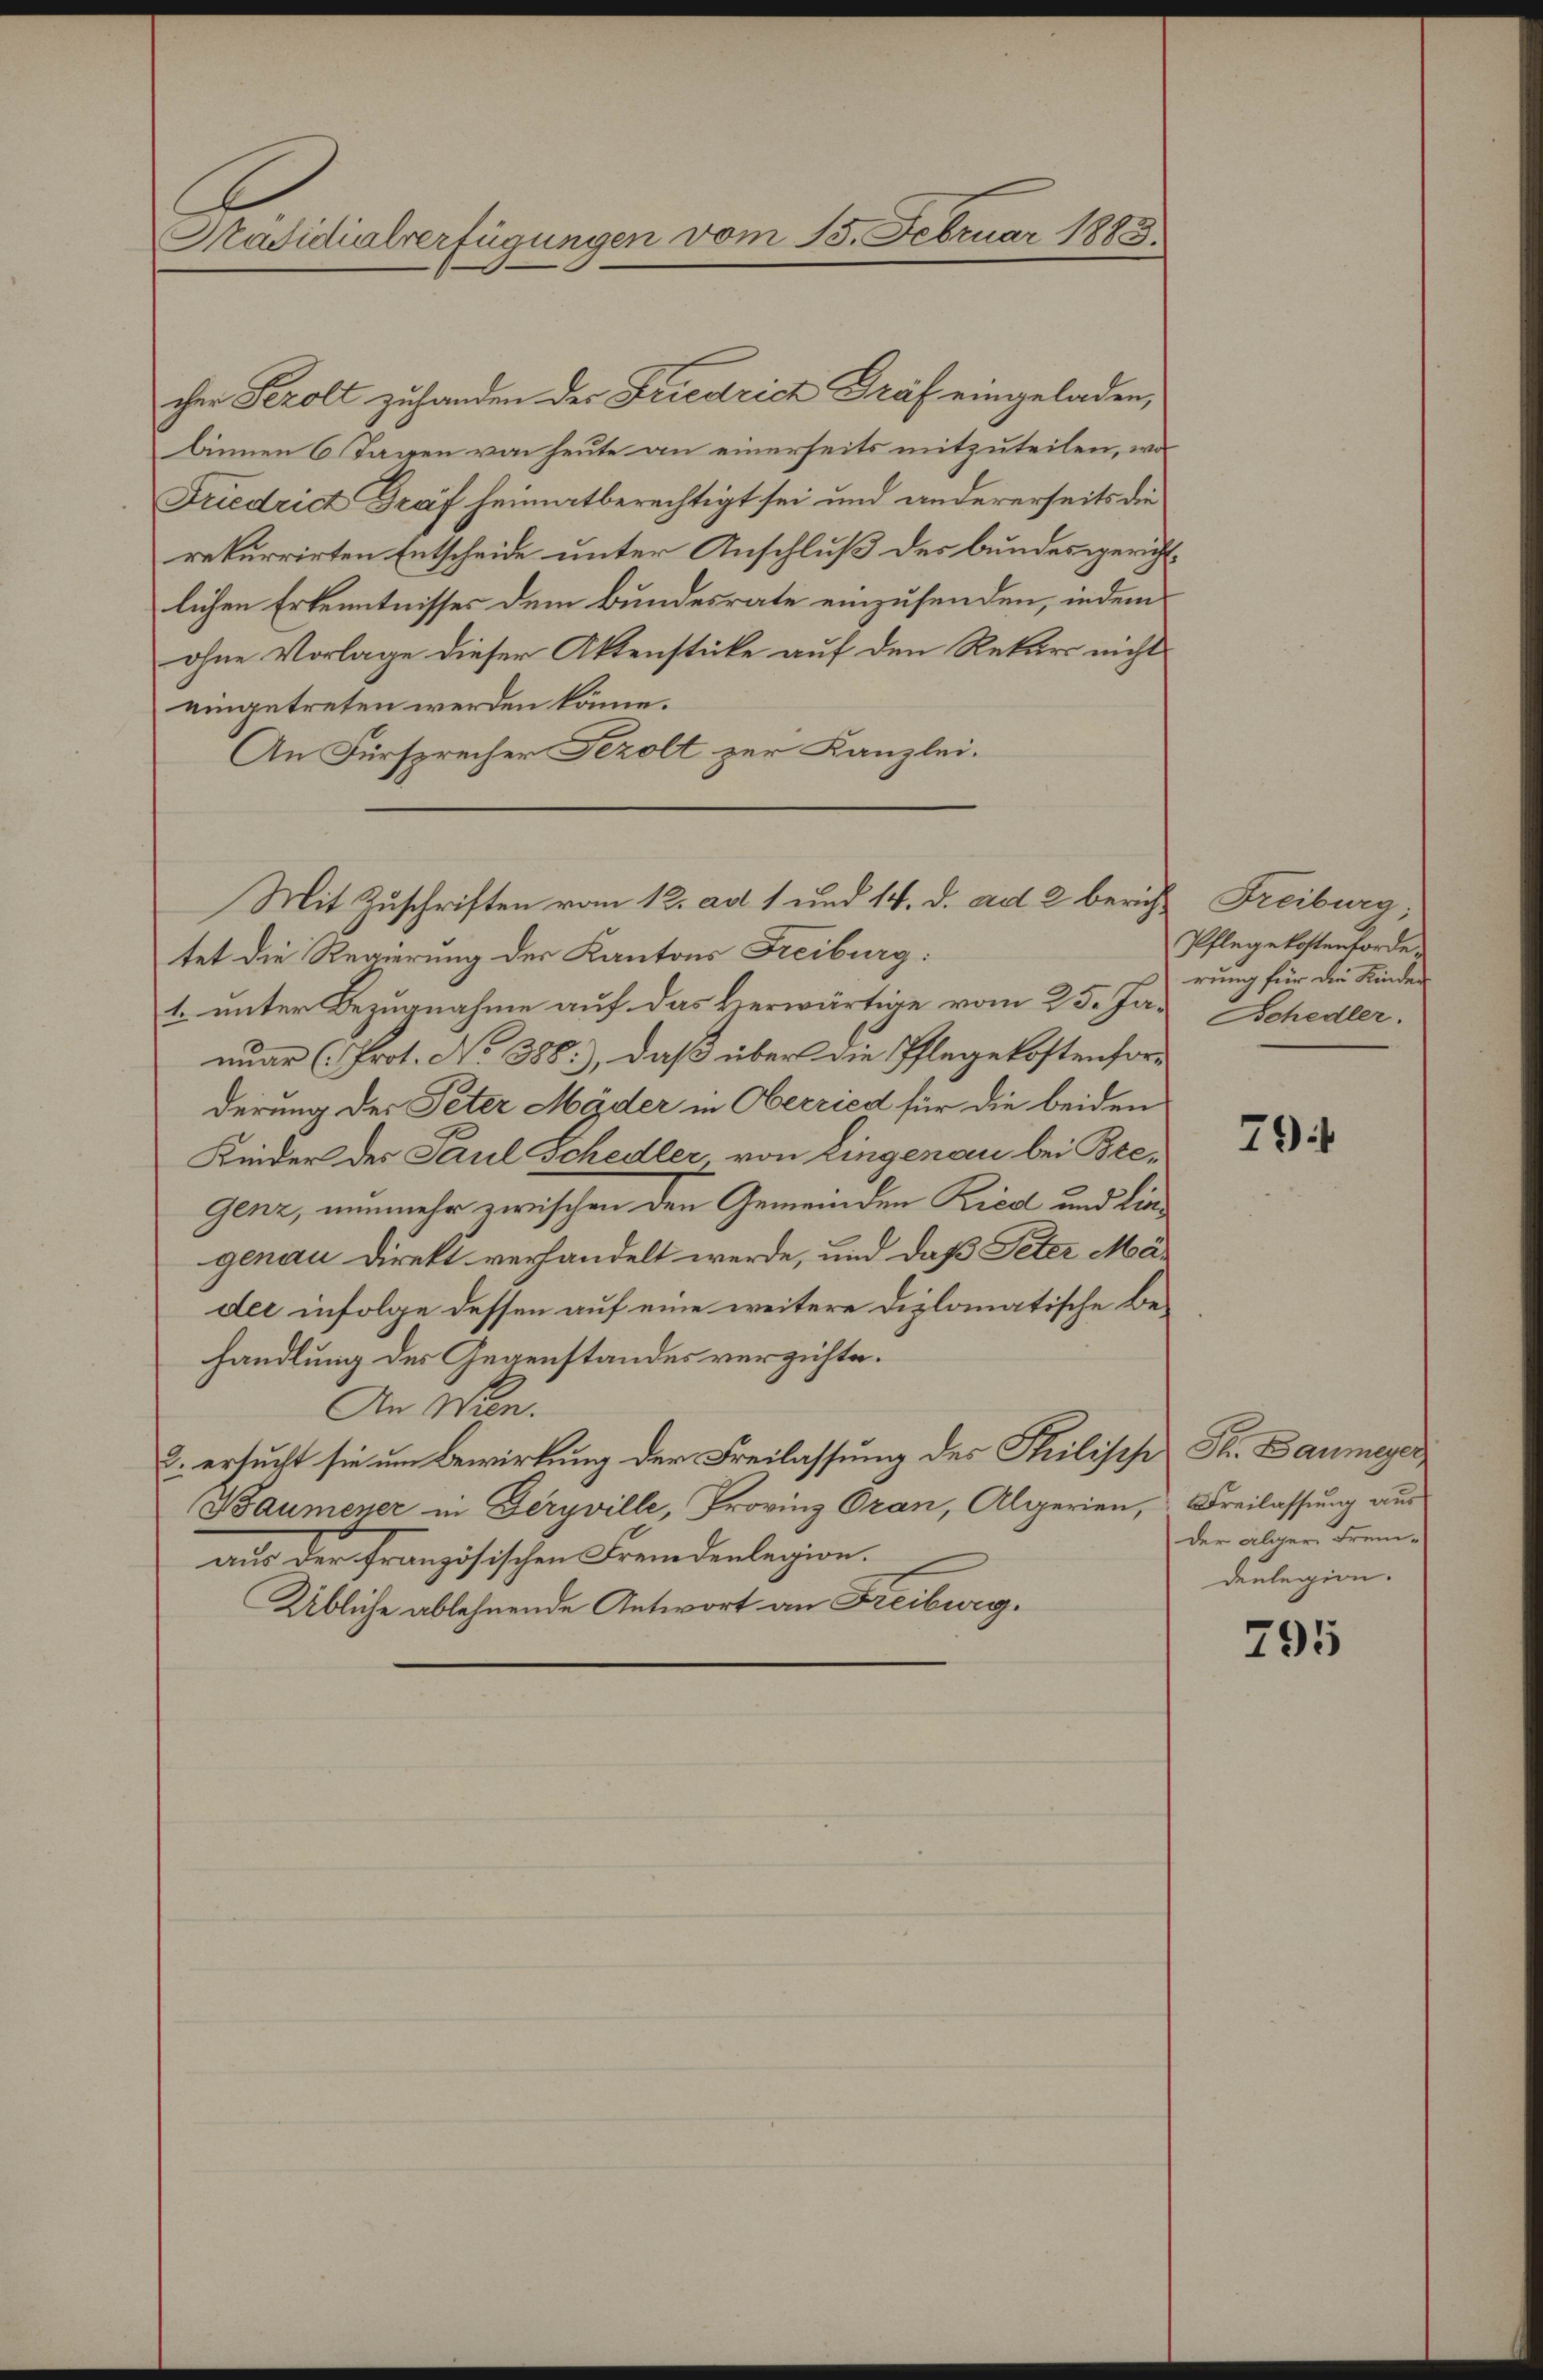
Präsidialverfügungen vom 13. Februar 1883.

cher Sezolt zuhanden der Friedrich Graf eingeladen,
binnen 6 Tagen von heute an einerseits mitzuteilen, wo
Friedrich Graf heimatberechtigt sei und andererseits die
rekurrirten Entscheide unter Anschluß des bundesgerichtlichen Erkenntnisses dem Bundesrate einzusenden, indem
ohne Vorlage dieser Aktenstücke auf den Rekurs nicht
eingetreten werden könne.
An Fürsprecher Sezolt zur Kanzlei.
tet die Regierung der Kantons Freiburg:
t. unter Bezugnahme auf das Herwärtige vom 25. Januar (Prot. No 388), daß über die Pflegekostenford
derung des Peter Mäder in Oberried für die beiden
Kinder des Paul Schedler von Eingenau bei Bre¬
Genz, nunmehr zwischen den Gemeinden Ried und lingenau Direkt verhandelt werde, und daß Peter Madee infolge dessen auf eine weitere Diplomatische Behandlung der Gegenstandes verzichte.
An Mon.
2. ersucht sie um Bewirkung der Freilassung des Philipp St. Baumeyer¬
Baumener in Geryville, Provinz Oran, Algerien,
aus der Französischen Fremdenlegion.
Übliche ablehnende Antwort an Freiburg.

Mit Zuschriften vom 12. ad 1 und 14. d. ad 2 berich¬

Freiburg,
Pflegekostenforde
rung für die Kinder
Schedler.

79

Freilassung aus
der alger Fremdenlegion.

795